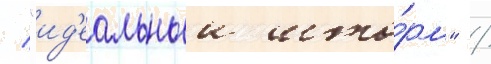
/ "ид'еальныи што́рм" /